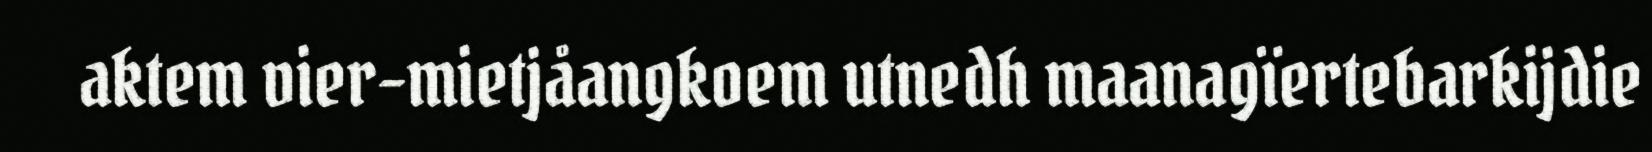
aktem vier-mietjåangkoem utnedh maanagïertebarkijdie